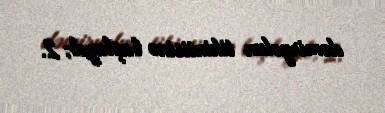
dəmiryolun tikintisinə başlayıb; 2.